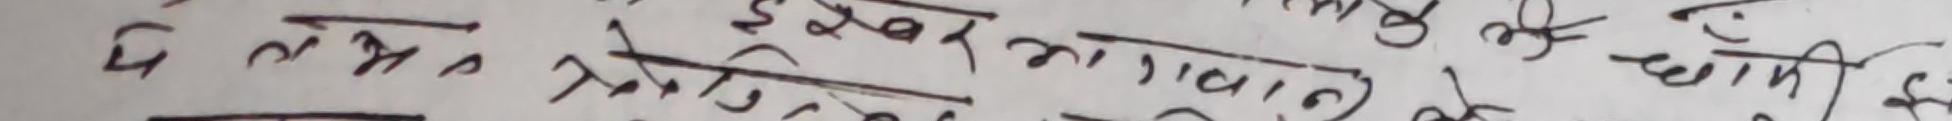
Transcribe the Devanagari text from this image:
दल ने इके ईश्वर भगवान से तो भी की हानी हेर्नु